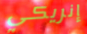
إنريكي